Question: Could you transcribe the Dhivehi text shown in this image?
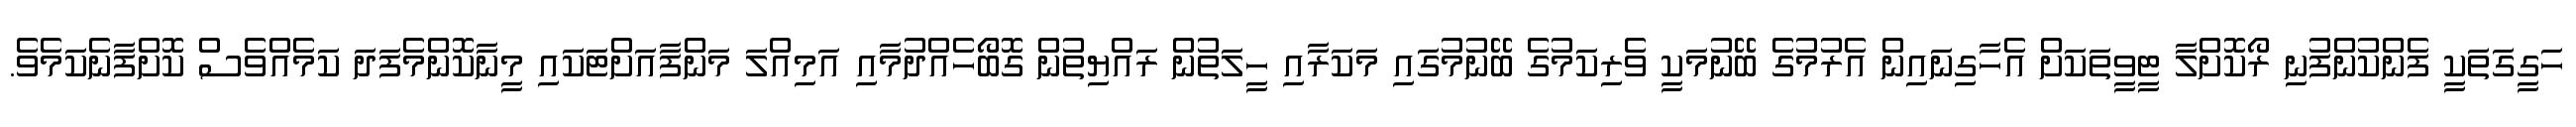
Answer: ހަގީގަތަކީ ފެންކުންފުނި ރޯކޮށްލާ ޓީވީތަކަށް އެހާގިނައިން އެރުމުގެ ބޭނުމަކީ ވެރިކަމުގެ ބޭނުމުގައި މަކަރާއި ހީލަތުން ރައްޔިތުން ގޮބޯހެއްދުމާއި އަމިއްލަ މަންފާއަށްޓަކައި މީނާކޮންމެފަދަ ކަމެއްވެސް ކޮށްފާނެކަމެވެ.